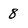
Character: 8